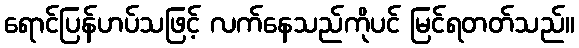
ရောင်ပြန်ဟပ်သဖြင့် လက်နေသည်ကိုပင် မြင်ရတတ်သည်။